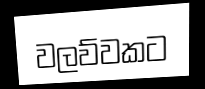
වලව්වකට